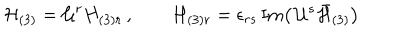
LaTeX: { \cal H } _ { ( 3 ) } = { \cal U } ^ { r } H _ { ( 3 ) r } \, , \qquad H _ { ( 3 ) r } = \epsilon _ { r s } \, \mathrm { I m } \big ( \, { \cal U } ^ { s } \bar { { \cal H } } _ { ( 3 ) } \big )